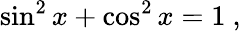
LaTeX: \sin^{2}x+\cos^{2}x=1\ ,